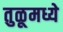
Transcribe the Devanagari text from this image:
तुळूमध्ये